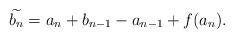
LaTeX: \begin{align*}\widetilde{b_n} = a_n + b_{n-1}-a_{n-1} + f(a_n).\end{align*}